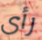
رأى